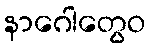
နာဂေါတွေဝ